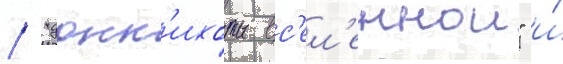
/ "донк'ихоты вс'ел'еннои" и́